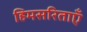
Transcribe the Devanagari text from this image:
हिमसरिताएँ